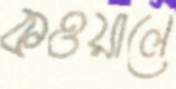
কওয়ালে